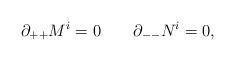
LaTeX: \begin{align*}\partial_{++} M^i = 0 \qquad \partial_{--} N^i = 0 ,\end{align*}